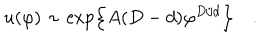
u ( \varphi ) \sim \exp \left\{ A ( D - d ) \varphi ^ { D / d } \right\} \quad .